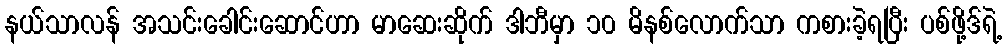
နယ်သာလန် အသင်းခေါင်းဆောင်ဟာ မာဆေးဆိုက် ဒါဘီမှာ ၁၀ မိနစ်လောက်သာ ကစားခဲ့ရပြီး ပစ်ဖို့ဒ်ရဲ့